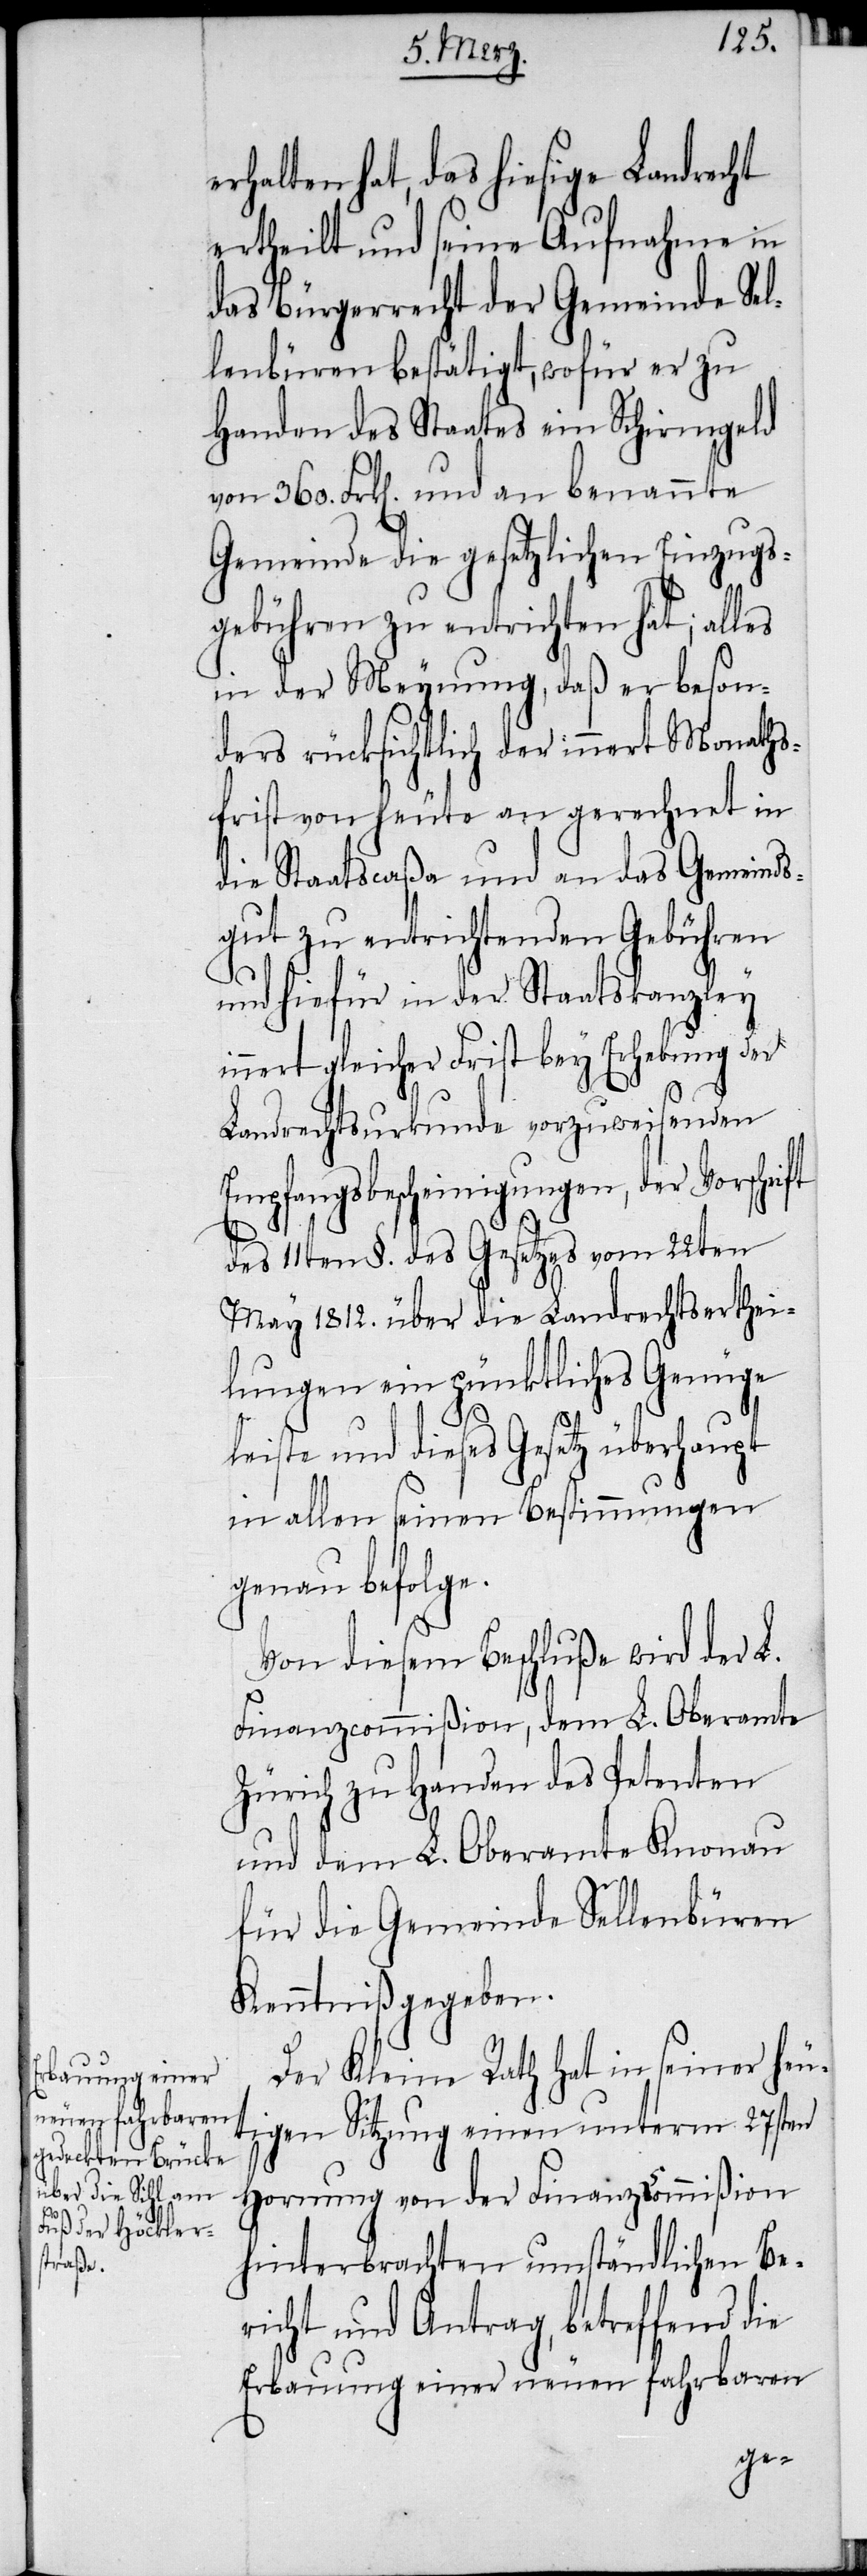
erhalten hat, das hiesige Landrecht
ertheilt und seine Aufnahme in
das Bürgerrecht der Gemeinde Sel¬
lenbüren bestätigt, wofür er zu
Handen des Staates ein Schirmgeld
von 360. Frk[en]. und an benannte
Gemeinde die gesetzlichen Einzugs¬
gebühren zu entrichten hat; alles
in der Meynung, daß er beson¬
ders rücksichtlich der innert Monaths¬
frist von heute an gerechnet in
die Staatscaßa und an das Gemeinds¬
gut zu entrichtenden Gebühren
und hiefür in der Staatskanzley
innert gleicher Frist bey Erhebung der
Landrechtsurkunde vorzuweisenden
Empfangsbescheinigungen, der Vorschrift
des 11ten §. des Gesetzes vom 22ten
May 1812. über die Landrechtserthei¬
lungen ein pünktliches Genüge
leiste und dieses Gesetz überhaupt
in allen seinen Bestimmungen
genau befolge.
Von diesem Beschluße wird der L.
Finanzcommißion, dem L. Oberamte
Zürich zu Handen des Petenten
und dem L. Oberamte Knonau
für die Gemeinde Sellenbüren
Kenntniß gegeben.
Der Kleine Rath hat in seiner heu¬
tigen Sitzung einen unterm 27sten
Hornung von der Finanzcommißion
hinterbrachten umständlichen Be¬
richt und Antrag, betreffend die
Erbauung einer neuen fahrbaren